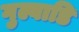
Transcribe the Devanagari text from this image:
गुल्वाडि